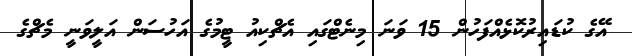
އޭގެ ކުޑައިރުކޮޅެއްފަހުން 15 ވަނަ މިނެޓްގައި އެޗްކިއު ޓީމުގެ އަހުސަން އަލީވަނީ މެޗްގެ